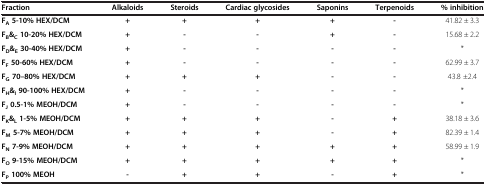
<table><thead><tr><td><b>Fraction</b></td><td><b>Alkaloids</b></td><td><b>Steroids</b></td><td><b>Cardiac glycosides</b></td><td><b>Saponins</b></td><td><b>Terpenoids</b></td><td><b>% inhibition</b></td></tr></thead><tbody><tr><td><b>F</b><sub><b>A </b></sub><b>5-10% HEX/DCM</b></td><td><b>+</b></td><td><b>+</b></td><td><b>+</b></td><td><b>+</b></td><td><b>-</b></td><td>41.82 ± 3.3</td></tr><tr><td><b>F</b><sub><b>B</b></sub><b>&amp;</b><sub><b>C </b></sub><b>10-20% HEX/DCM</b></td><td><b>+</b></td><td><b>-</b></td><td><b>-</b></td><td><b>+</b></td><td><b>-</b></td><td>15.68 ± 2.2</td></tr><tr><td><b>F</b><sub><b>D</b></sub><b>&amp;</b><sub><b>E </b></sub><b>30-40% HEX/DCM</b></td><td><b>+</b></td><td><b>-</b></td><td><b>-</b></td><td><b>-</b></td><td><b>-</b></td><td>*</td></tr><tr><td><b>F</b><sub><b>F </b></sub><b>50-60% HEX/DCM</b></td><td><b>+</b></td><td><b>-</b></td><td><b>-</b></td><td><b>-</b></td><td><b>-</b></td><td>62.99 ± 3.7</td></tr><tr><td><b>F</b><sub><b>G </b></sub><b>70–80% HEX/DCM</b></td><td><b>+</b></td><td><b>+</b></td><td><b>+</b></td><td><b>-</b></td><td><b>-</b></td><td>43.8 ±2.4</td></tr><tr><td><b>F</b><sub><b>H</b></sub><b>&amp;</b><sub><b>I </b></sub><b>90-100% HEX/DCM</b></td><td><b>+</b></td><td><b>-</b></td><td><b>-</b></td><td><b>-</b></td><td><b>-</b></td><td>*</td></tr><tr><td><b>F</b><sub><b>J </b></sub><b>0.5-1% MEOH/DCM</b></td><td><b>+</b></td><td><b>-</b></td><td><b>-</b></td><td><b>-</b></td><td><b>-</b></td><td>*</td></tr><tr><td><b>F</b><sub><b>K</b></sub><b>&amp;</b><sub><b>L </b></sub><b>1-5% MEOH/DCM</b></td><td><b>+</b></td><td><b>+</b></td><td><b>+</b></td><td><b>-</b></td><td><b>+</b></td><td>38.18 ± 3.6</td></tr><tr><td><b>F</b><sub><b>M </b></sub><b>5-7% MEOH/DCM</b></td><td><b>+</b></td><td><b>+</b></td><td><b>+</b></td><td><b>-</b></td><td><b>+</b></td><td>82.39 ± 1.4</td></tr><tr><td><b>F</b><sub><b>N </b></sub><b>7-9% MEOH/DCM</b></td><td><b>+</b></td><td><b>+</b></td><td><b>+</b></td><td><b>+</b></td><td><b>+</b></td><td>58.99 ± 1.9</td></tr><tr><td><b>F</b><sub><b>O </b></sub><b>9-15% MEOH/DCM</b></td><td><b>+</b></td><td><b>+</b></td><td><b>+</b></td><td><b>+</b></td><td><b>+</b></td><td>*</td></tr><tr><td><b>F</b><sub><b>P </b></sub><b>100% MEOH</b></td><td><b>-</b></td><td><b>+</b></td><td><b>+</b></td><td><b>-</b></td><td><b>+</b></td><td>*</td></tr></tbody></table>